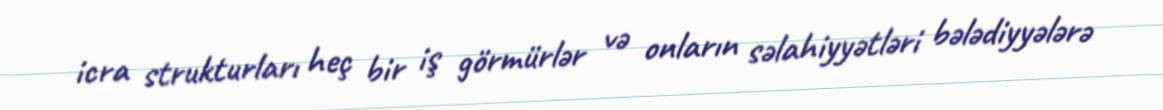
icra strukturları heç bir iş görmürlər və onların səlahiyyətləri bələdiyyələrə